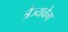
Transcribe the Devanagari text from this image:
त्रैज्यवेग